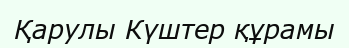
Қарулы Күштер құрамы